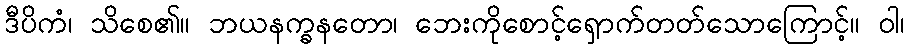
ဒီပိကံ၊ သိစေ၏။ ဘယနက္ခနတော၊ ဘေးကိုစောင့်ရှောက်တတ်သောကြောင့်။ ဝါ၊